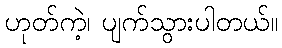
ဟုတ်ကဲ့၊ ပျက်သွားပါတယ်။